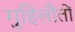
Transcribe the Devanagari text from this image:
गुहिलौतों